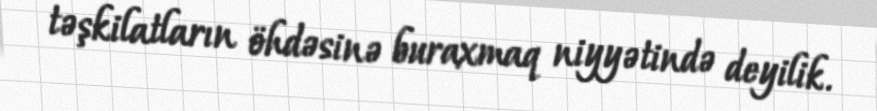
təşkilatların öhdəsinə buraxmaq niyyətində deyilik.